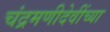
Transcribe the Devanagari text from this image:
चंद्रमणीदेवींच्या